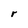
Character: r